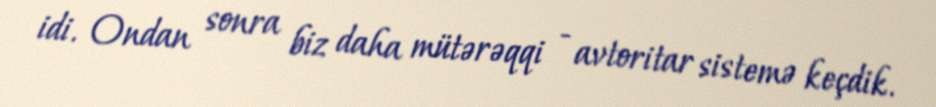
idi. Ondan sonra biz daha mütərəqqi - avtoritar sistemə keçdik.